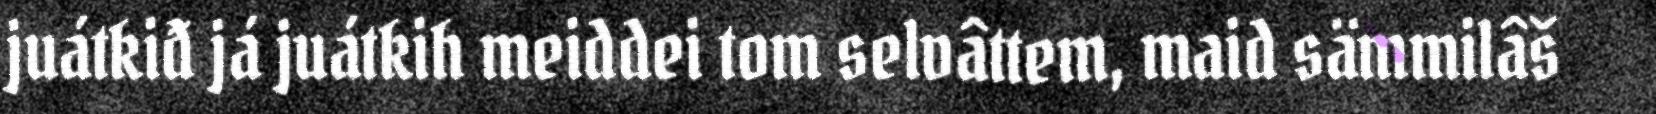
juátkiđ já juátkih meiddei tom selvâttem, maid sämmilâš